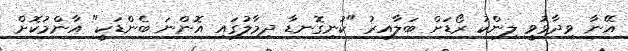
އޭނާ ވިދާޅުވީ ލިންކު ރޯޑަށް ބަލާއިރު "ކުނިގޮނޑާ ދިމާލުގައި އޮންނަ ބެންޑަކީ" އާންމުކޮށް